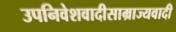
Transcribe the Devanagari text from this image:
उपनिवेशवादीसाम्राज्यवादी